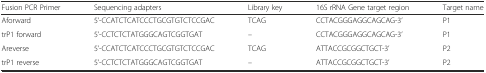
<table><thead><tr><td><b>Fusion PCR Primer</b></td><td><b>Sequencing adapters</b></td><td><b>Library key</b></td><td><b>16S rRNA Gene target region</b></td><td><b>Target name</b></td></tr></thead><tbody><tr><td>Aforward</td><td>5’-CCATCTCATCCCTGCGTGTCTCCGAC</td><td>TCAG</td><td>CCTACGGGAGGCAGCAG-3’</td><td>P1</td></tr><tr><td>trP1 forward</td><td>5’-CCTCTCTATGGGCAGTCGGTGAT</td><td>–</td><td>CCTACGGGAGGCAGCAG-3’</td><td>P1</td></tr><tr><td>Areverse</td><td>5’-CCATCTCATCCCTGCGTGTCTCCGAC</td><td>TCAG</td><td>ATTACCGCGGCTGCT-3’</td><td>P2</td></tr><tr><td>trP1 reverse</td><td>5’-CCTCTCTATGGGCAGTCGGTGAT</td><td>–</td><td>ATTACCGCGGCTGCT-3’</td><td>P2</td></tr></tbody></table>